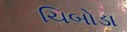
ચિબોડા